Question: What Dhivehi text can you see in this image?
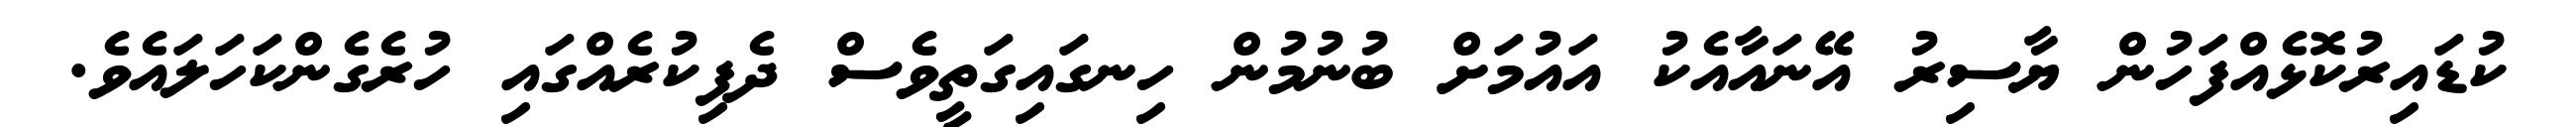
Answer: ކުޑައިރުކޮޅެއްފަހުން ޔާސިރު އޭނައާއެކު އައުމަށް ބުނުމުން ހިނގައިގަތީވެސް ދެފިކުރެއްގައި ހުރެގެންކަހަލައެވެ.